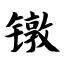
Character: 镦